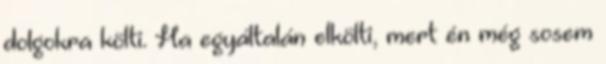
dolgokra költi. Ha egyáltalán elkölti, mert én még sosem